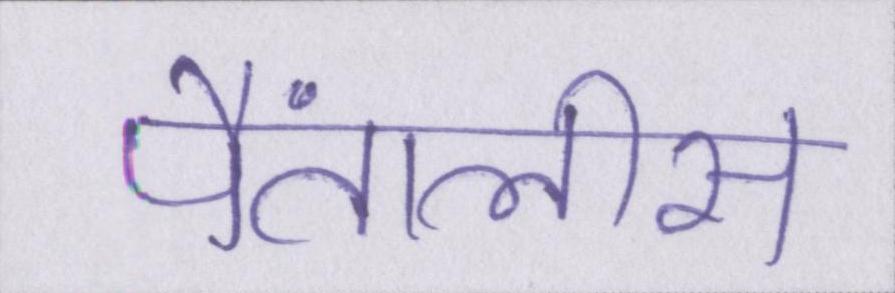
पैंतालीस